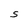
Character: S